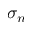
\sigma _ { n }